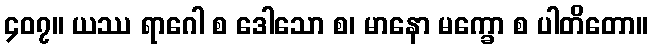
၄၀၇။ ယဿ ရာဂေါ စ ဒေါသော စ၊ မာနော မက္ခော စ ပါတိတော။